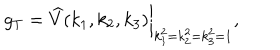
g _ { T } = \widehat { V } ( k _ { 1 } , k _ { 2 } , k _ { 3 } ) \bigg | _ { k _ { 1 } ^ { 2 } = k _ { 2 } ^ { 2 } = k _ { 3 } ^ { 2 } = 1 } ,